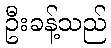
ဦးခန့်သည်